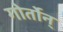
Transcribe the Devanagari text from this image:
गोर्तोन्